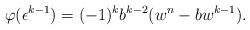
LaTeX: \begin{align*}\varphi(\epsilon^{k-1})= (-1)^{k}b^{k-2}(w^n-bw^{k-1}).\end{align*}